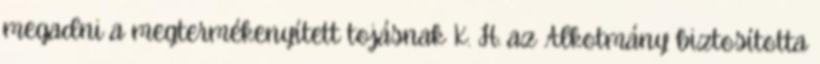
megadni a megtermékenyített tojásnak K. H. az Alkotmány biztosította